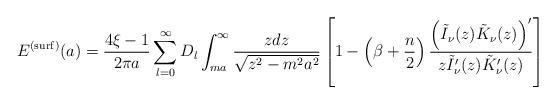
LaTeX: \begin{align*}E^{{\rm (surf)}}(a)=\frac{4\xi -1}{2\pi a}\sum_{l=0}^{\infty}D_{l}\int_{ma}^{\infty }\frac{zdz}{\sqrt{z^{2}-m^{2}a^{2}}}\left[ 1-\left(\beta +\frac{n}{2}\right) \frac{\left( \tilde{I}_{\nu }(z)\tilde{K}_{\nu}(z)\right) ^{\prime }}{z\tilde{I}_{\nu }^{\prime }(z)\tilde{K}_{\nu}^{\prime }(z)}\right] \; \end{align*}